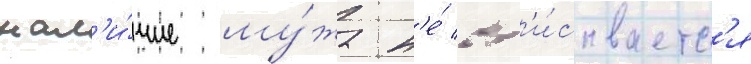
нал'и́чие му́жа н'е́ вп'и́сываетс'я